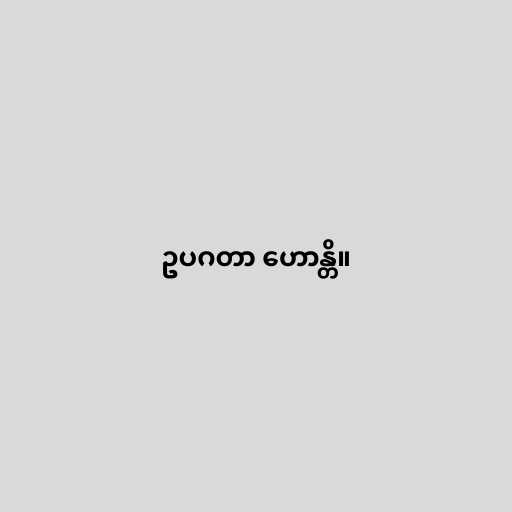
ဥပဂတာ ဟောန္တိ။